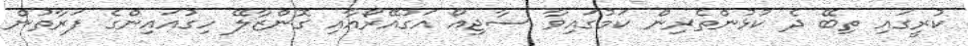
ކުރީގައި ތިބޭ ދެ ކުޅުންތެރިން ކަމުގައިވާ ސާޖިއޯ އަގުއޭރޯއާއި ގޮންޒާލޭ ހިގުއައިންގެ ފަރާތުން